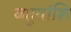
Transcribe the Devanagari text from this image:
बहुतांशि